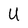
Character: U